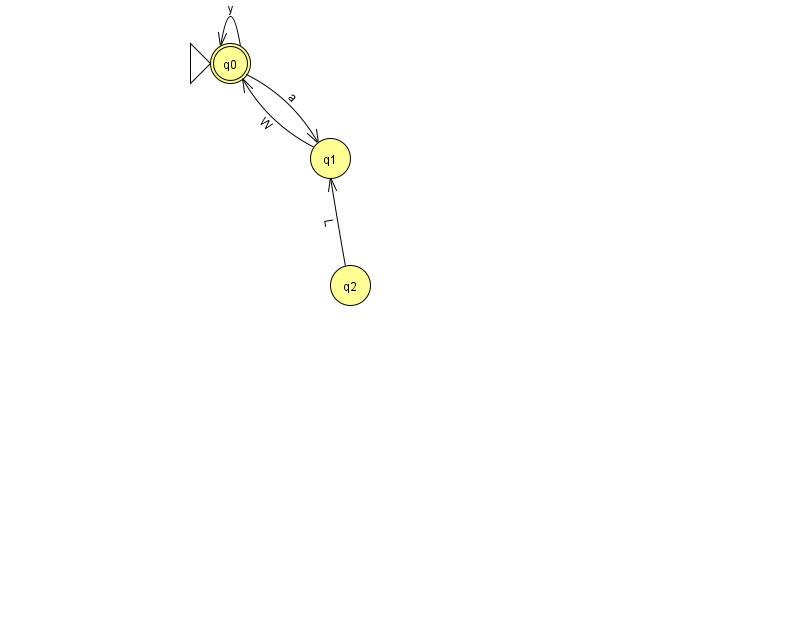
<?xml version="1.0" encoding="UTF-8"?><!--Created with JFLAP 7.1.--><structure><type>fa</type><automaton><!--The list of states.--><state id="0" name="q0"><x>230.0</x><y>50.0</y><initial/><final/></state><state id="1" name="q1"><x>330.0</x><y>145.0</y></state><state id="2" name="q2"><x>350.0</x><y>272.0</y></state><!--The list of transitions.--><transition><from>1</from><to>0</to><read>W</read></transition><transition><from>2</from><to>1</to><read>L</read></transition><transition><from>0</from><to>1</to><read>a</read></transition><transition><from>0</from><to>0</to><read>y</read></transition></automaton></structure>